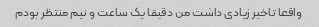
واقعا تاخیر زیادی داشت من دقیقا یک ساعت و نیم منتظر بودم